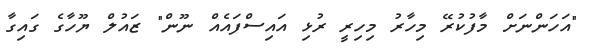
"އަހަންނަށް މާފުކުރޭ މިހާރު މިހިރީ ރުޅި އައިސްފައެއް ނޫން" ޒައުލް ޔޫހާގެ ގައިގާ